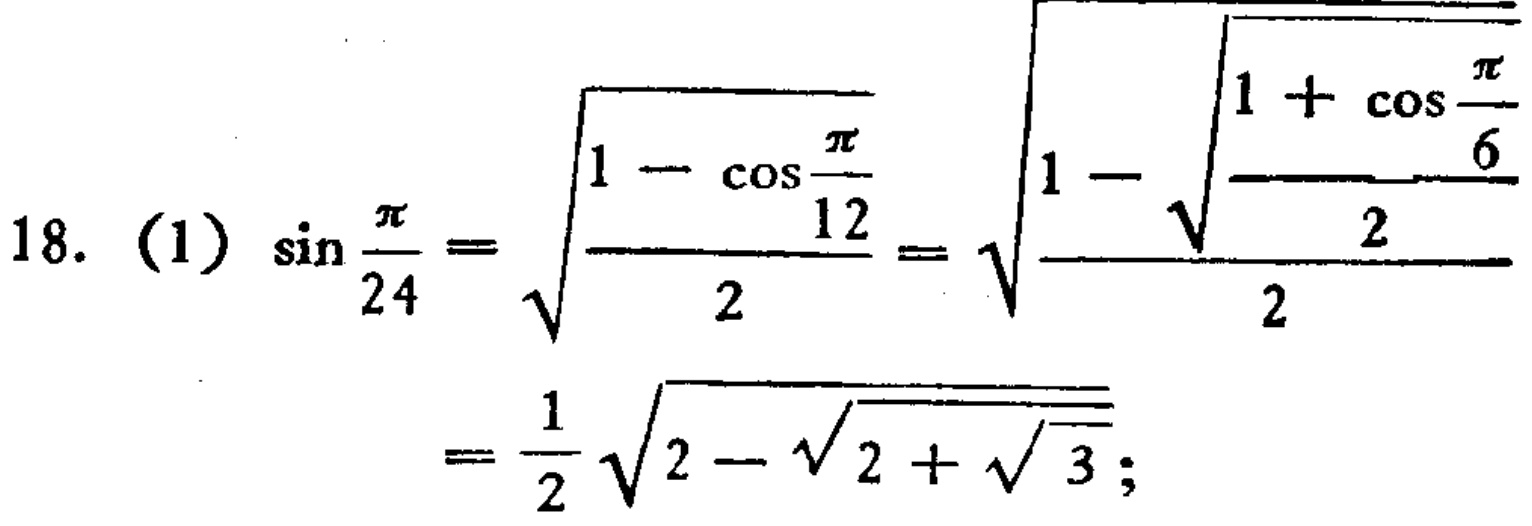
18. (1) \(\sin\frac{\pi}{24}=\sqrt{\frac{1 - \cos\frac{\pi}{12}}{2}}=\sqrt{\frac{1-\sqrt{\frac{1 + \cos\frac{\pi}{6}}{2}}}{2}}=\frac{1}{2}\sqrt{2-\sqrt{2 + \sqrt{3}}}\)